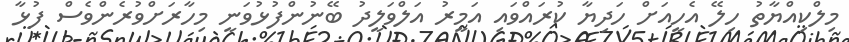
މިލްކިއްޔާތު ހިލޭ އެހީއަށް ހަދިޔާ ކުރައްވައި އަމީރު އަލްވަލީދު ބޭނުންފުޅުވަނީ މިހާރަށްވުރެންވެސް ފުޅާ